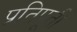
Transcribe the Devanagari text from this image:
प्रतिपूर्ती